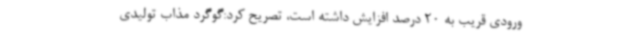
ورودی قریب به 20 درصد افزایش داشته است، تصریح کرد:گوگرد مذاب تولیدی